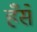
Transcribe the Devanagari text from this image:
हँसें